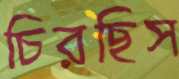
চিরছিস